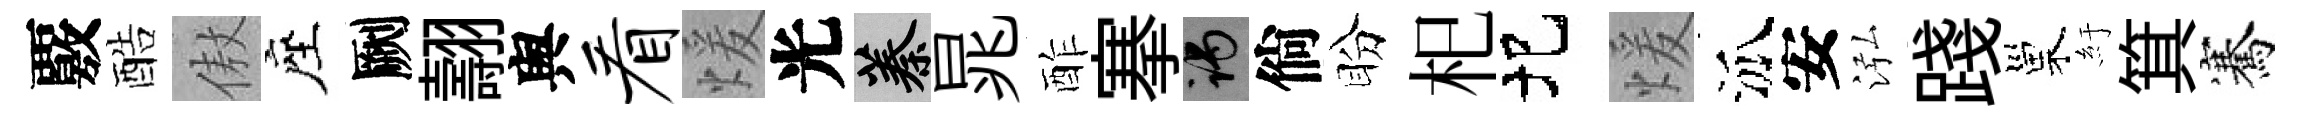
覈酷傲座劂翿舆看煖光蓁晁酢搴谒倘盼𣏌圯煖泒安泓踐巢紆箕騫